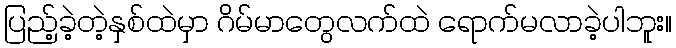
ပြည့်ခဲ့တဲ့နှစ်ထဲမှာ ဂိမ်မာတွေလက်ထဲ ရောက်မလာခဲ့ပါဘူး။